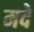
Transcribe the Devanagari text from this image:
मदे